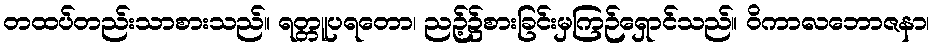
တထပ်တည်းသာစားသည်။ ရတ္တူပရတော၊ ညဉ့်၌စားခြင်းမှကြဉ်ရှောင်သည်။ ဝိကာလဘောဇနာ၊